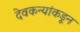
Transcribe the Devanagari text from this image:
देवकन्यांकडून